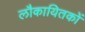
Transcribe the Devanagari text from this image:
लौकायितकों